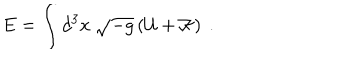
E = \int d ^ { 3 } x \ \sqrt { - g } \left( { \cal U } + { \cal K } \right) \ .